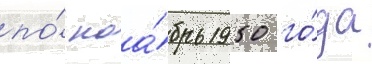
по́ ноа́брь 1950 го́да